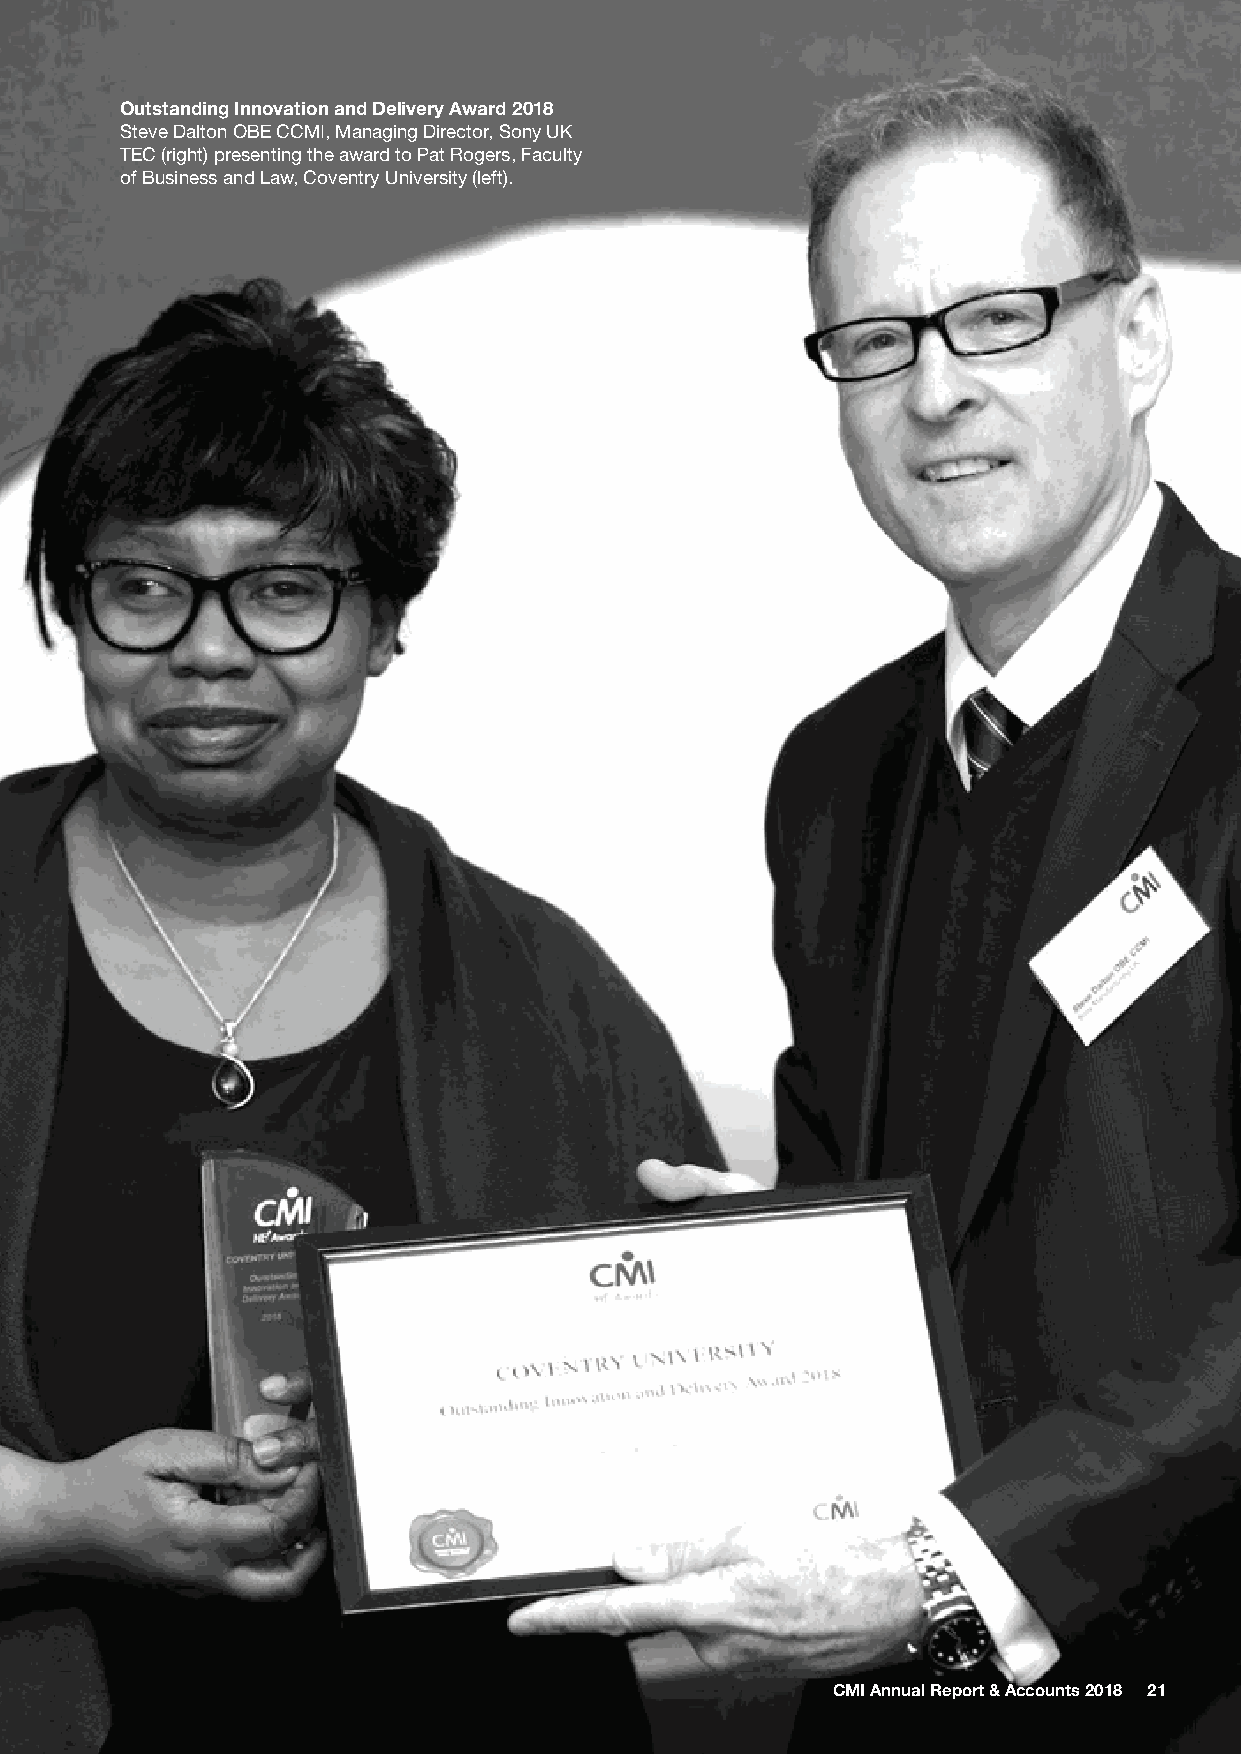
Outstanding Innovation and Delivery Award 2018
 Steve Dalton OBE CCMI, Managing Director, Sony UK
 TEC (right) presenting the award to Pat Rogers, Faculty
 of Business and Law, Coventry University (left).
 CMI Annual Report & Accounts 2018 21